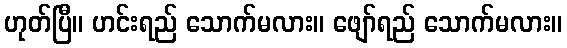
ဟုတ်ပြီ။ ဟင်းရည် သောက်မလား။ ဖျော်ရည် သောက်မလား။